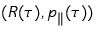
( \boldsymbol { R } ( \tau ) , p _ { \parallel } ( \tau ) )